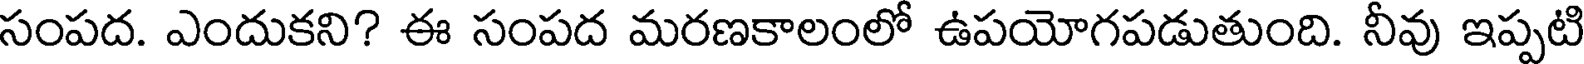
సంపద. ఎందుకని? ఈ సంపద మరణకాలంలో ఉపయోగపడుతుంది. నీవు ఇప్పటి